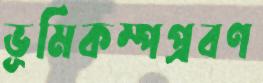
ভূমিকম্পপ্রবণ